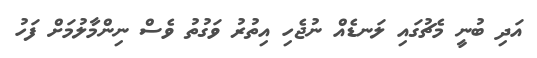
އަދި ބުނީ މެޗުގައި ލަނޑެއް ނުޖެހި އިތުރު ވަގުތު ވެސް ނިންމާލުމަށް ފަހު